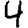
Digit: 4